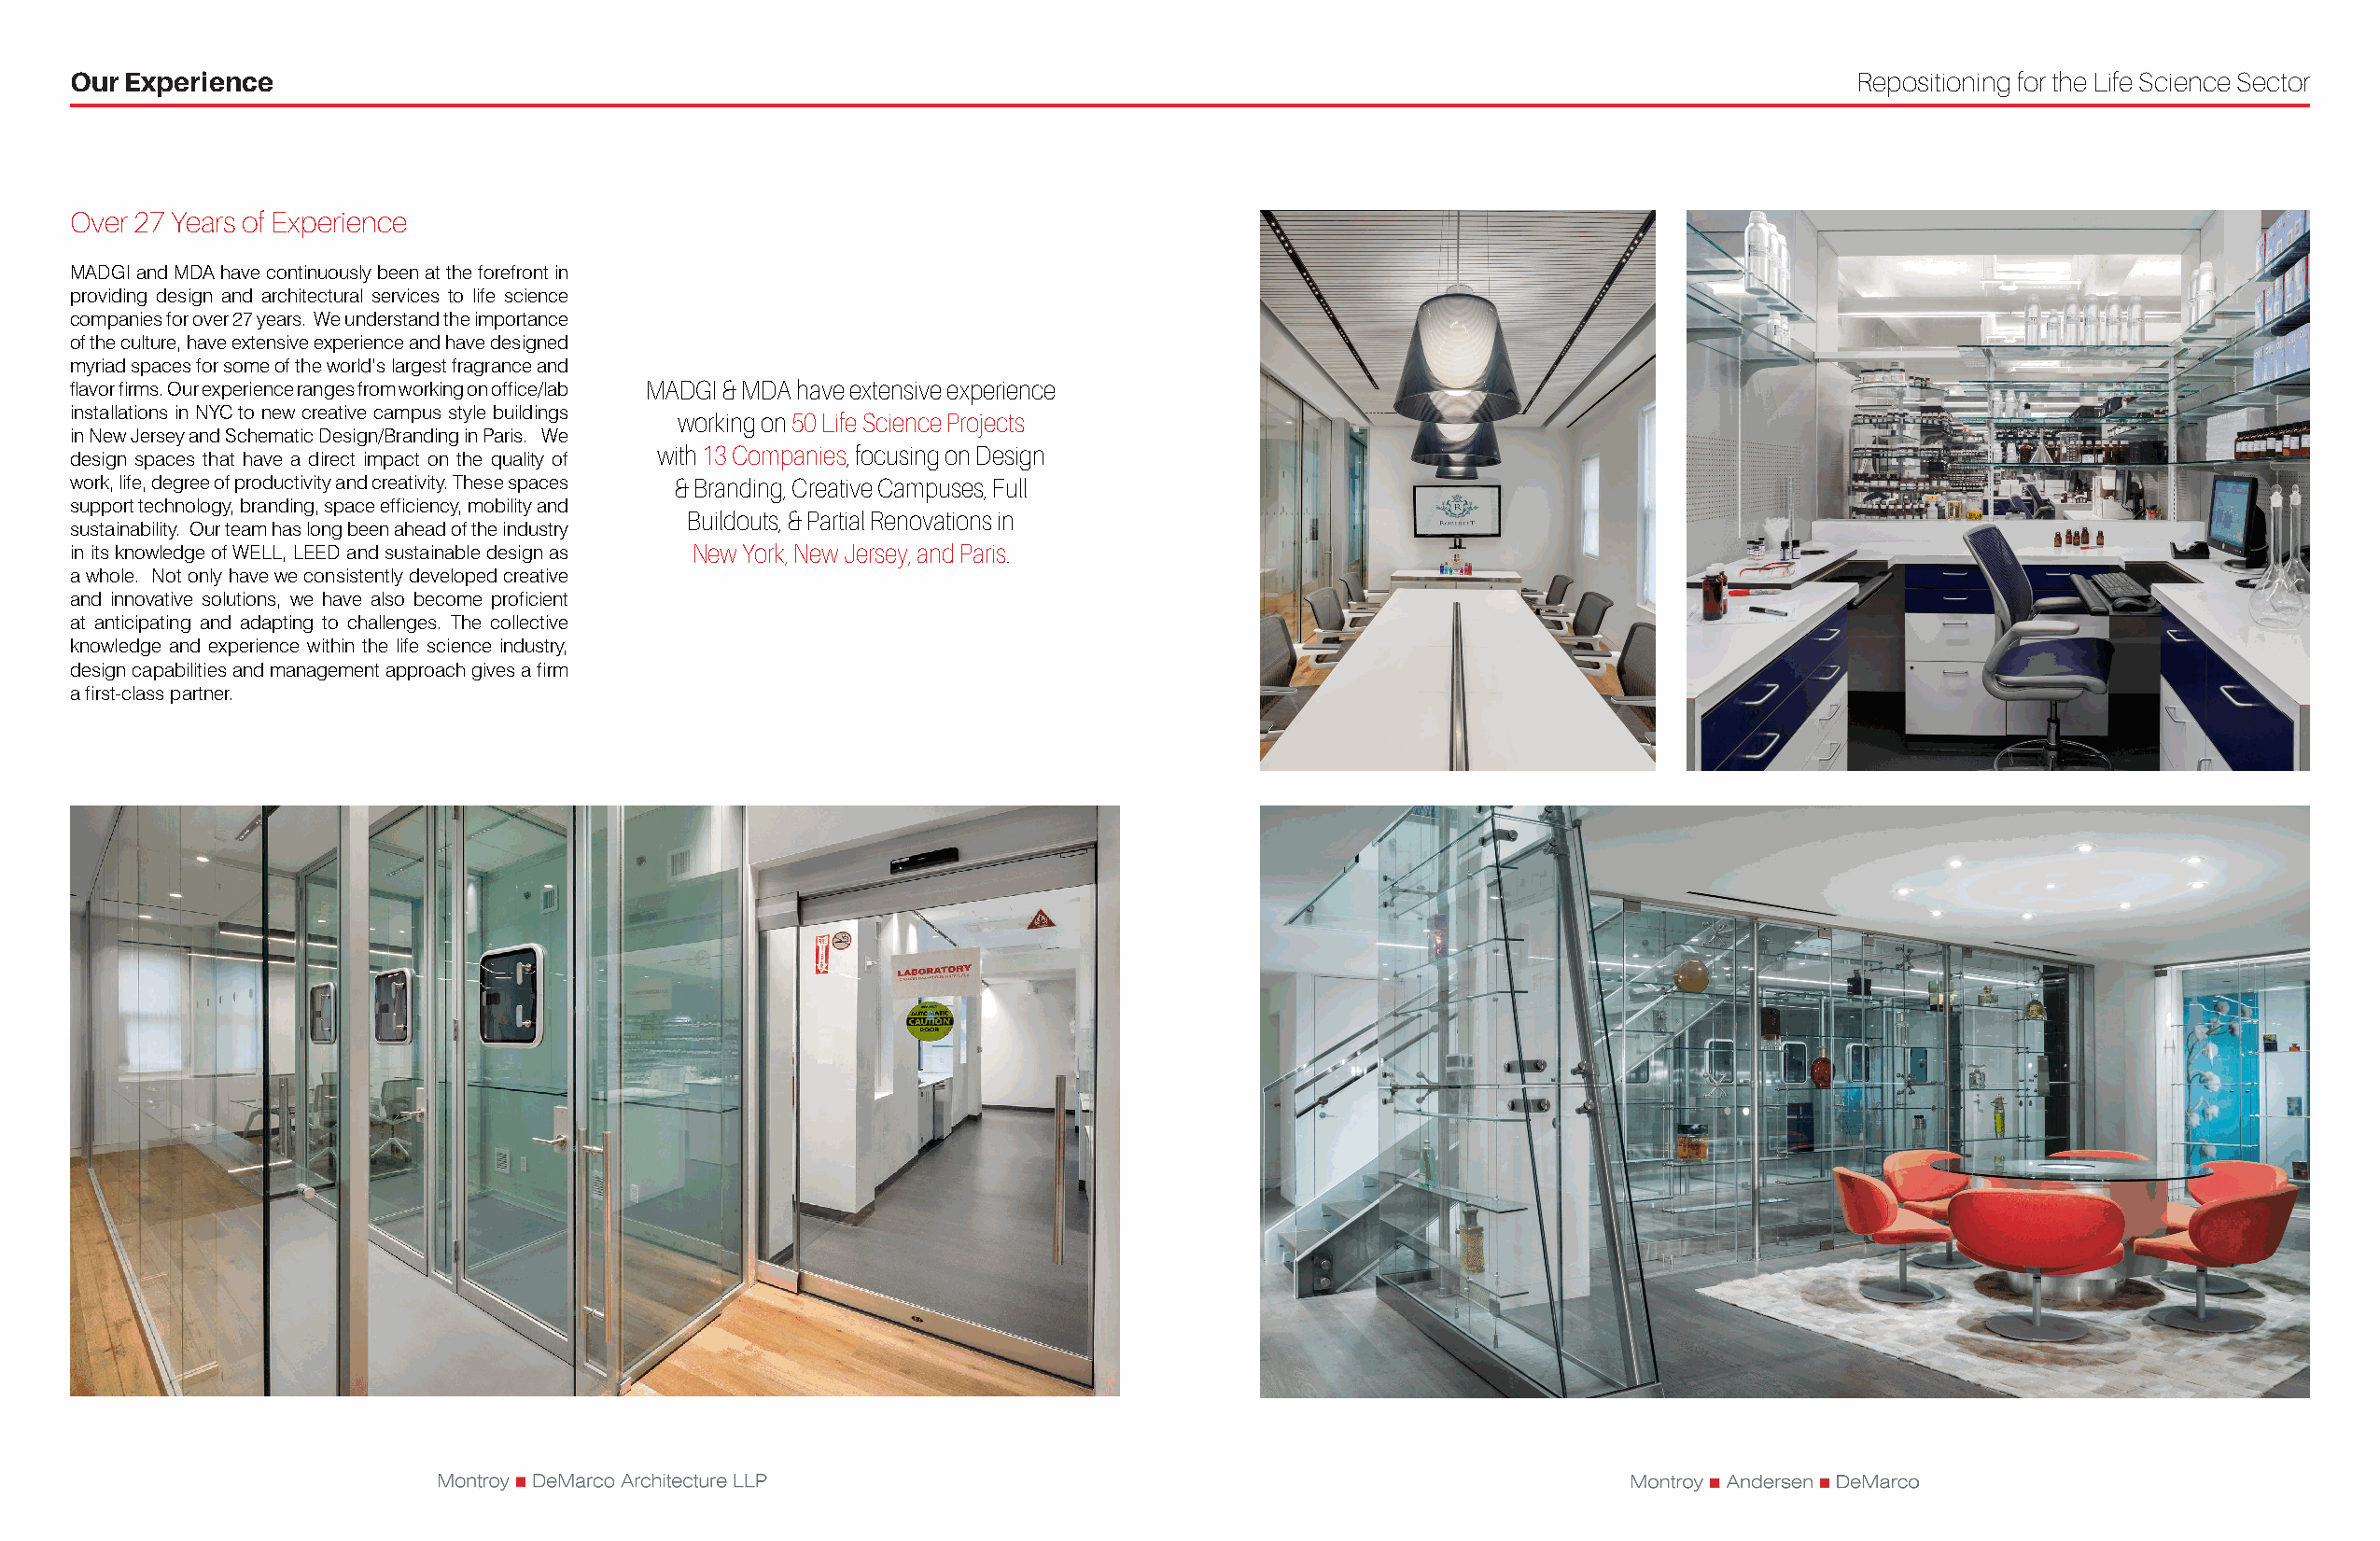
Our Experience                                                                                                                 Repositioning for the Life Science Sector
 Over 27 Years of Experience
 MADGI and MDA have continuously been at the forefront in
 providing design and architectural services to life science
 companies for over 27 years. We understand the importance
 of the culture, have extensive experience and have designed
 myriad spaces for some of the world’s largest fragrance and
 flavor firms. Our experience ranges from working on office/lab MADGI & MDA have extensive experience
 installations in NYC to new creative campus style buildings
 working on 50 Life Science Projects
 in New Jersey and Schematic Design/Branding in Paris. We
 with 13 Companies, focusing on Design
 design spaces that have a direct impact on the quality of
 work, life, degree of productivity and creativity. These spaces & Branding, Creative Campuses, Full
 support technology, branding, space efficiency, mobility and
 Buildouts, & Partial Renovations in
 sustainability. Our team has long been ahead of the industry
 in its knowledge of WELL, LEED and sustainable design as New York, New Jersey, and Paris.
 a whole. Not only have we consistently developed creative
 and innovative solutions, we have also become proficient
 at anticipating and adapting to challenges. The collective
 knowledge and experience within the life science industry,
 design capabilities and management approach gives a firm
 a first-class partner.